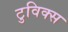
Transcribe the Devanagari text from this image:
टुविक्स